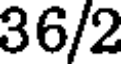
36/2